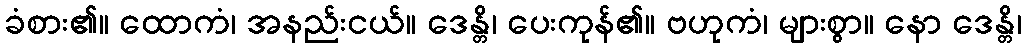
ခံစား၏။ ထောကံ၊ အနည်းငယ်။ ဒေန္တိ၊ ပေးကုန်၏။ ဗဟုကံ၊ များစွာ။ နော ဒေန္တိ၊